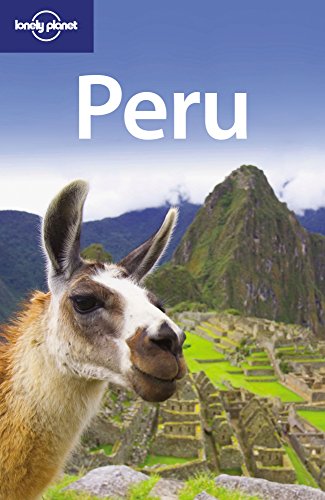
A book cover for Lonely Planet Peru (Country Travel Guide); Carolina Miranda; Travel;